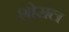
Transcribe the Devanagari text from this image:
शोसल